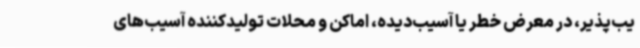
یب‌پذیر، در معرض خطر یا آسیب‌دیده، اماکن و محلات تولیدکننده آسیب‌های